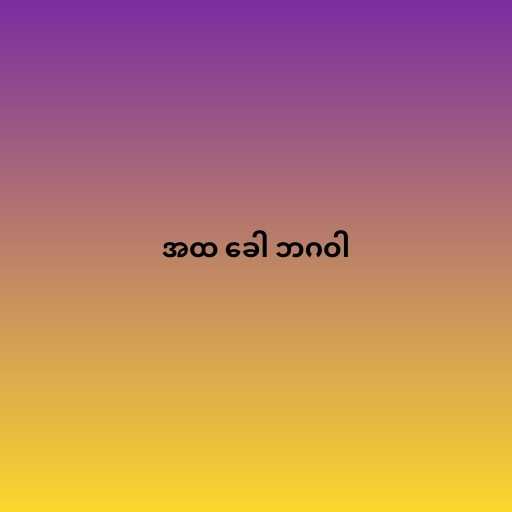
အထ ခေါ ဘဂဝါ